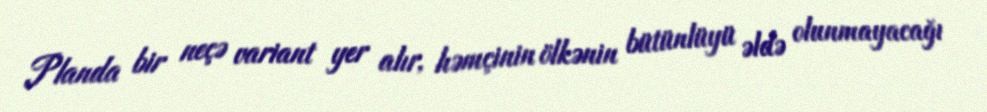
Planda bir neçə variant yer alır, həmçinin ölkənin bütünlüyü əldə olunmayacağı